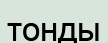
тонды